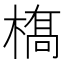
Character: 𫞏